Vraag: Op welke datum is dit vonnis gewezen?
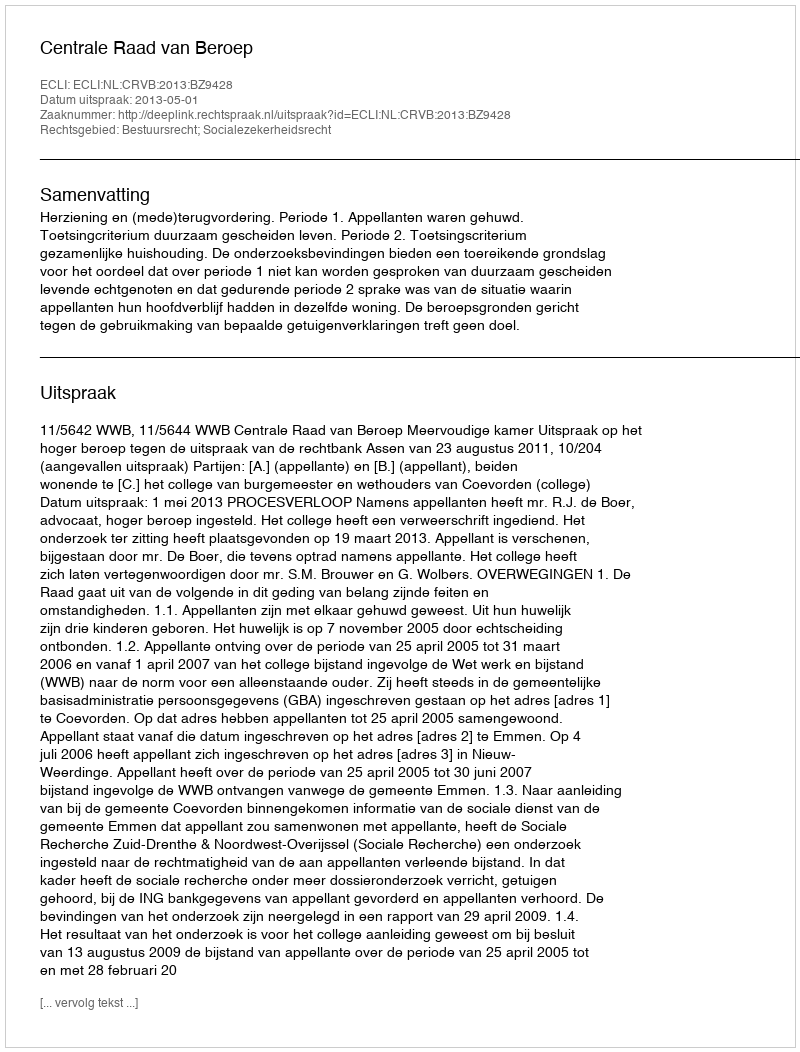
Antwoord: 2013-05-01